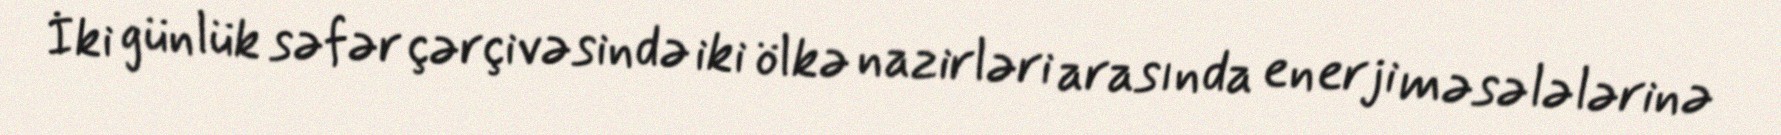
İki günlük səfər çərçivəsində iki ölkə nazirləri arasında enerji məsələlərinə